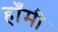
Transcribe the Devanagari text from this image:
हाँमी